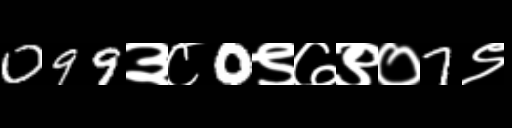
Text: 099३८0९७९०7९